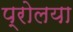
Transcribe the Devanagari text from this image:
प्रोलया